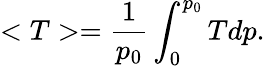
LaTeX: <T>={\frac{1}{p_{0}}}\int_{0}^{p_{0}}Tdp.